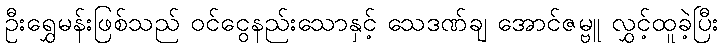
ဦးရွှေမန်းဖြစ်သည် ဝင်ငွေနည်းသောနှင့် သေဒဏ်ချ အောင်ဇမ္ဗူ လွှင့်ထူခဲ့ပြီး